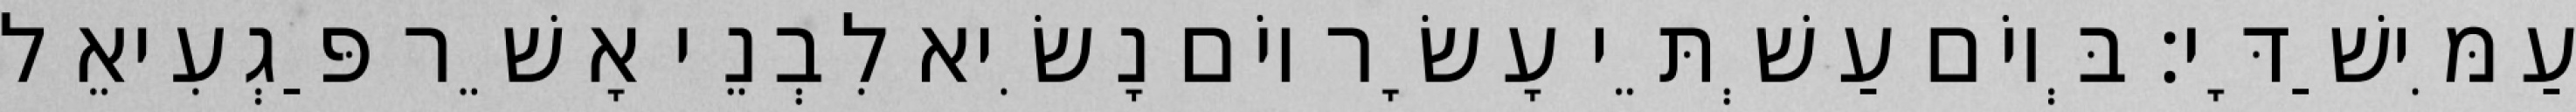
עַמִּישַׁדָּי׃ בְּיוֹם עַשְׁתֵּי עָשָׂר יוֹם נָשִׂיא לִבְנֵי אָשֵׁר פַּגְעִיאֵל